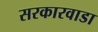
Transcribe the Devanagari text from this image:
सरकारवाडा